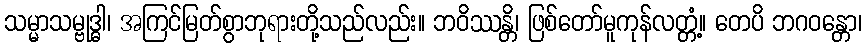
သမ္မာသမ္ဗုဒ္ဓါ၊ အကြင်မြတ်စွာဘုရားတို့သည်လည်း။ ဘဝိဿန္တိ၊ ဖြစ်တော်မူကုန်လတ္တံ့။ တေပိ ဘဂဝန္တော၊